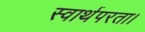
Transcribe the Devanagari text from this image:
स्वार्थपरता।